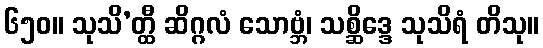
၆၅၀။ သုသိ’တ္ထီ ဆိဂ္ဂလံ သောဗ္ဘံ၊ သစ္ဆိဒ္ဒေ သုသိရံ တိသု။